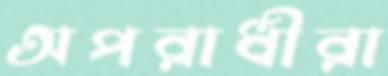
অপরাধীরা